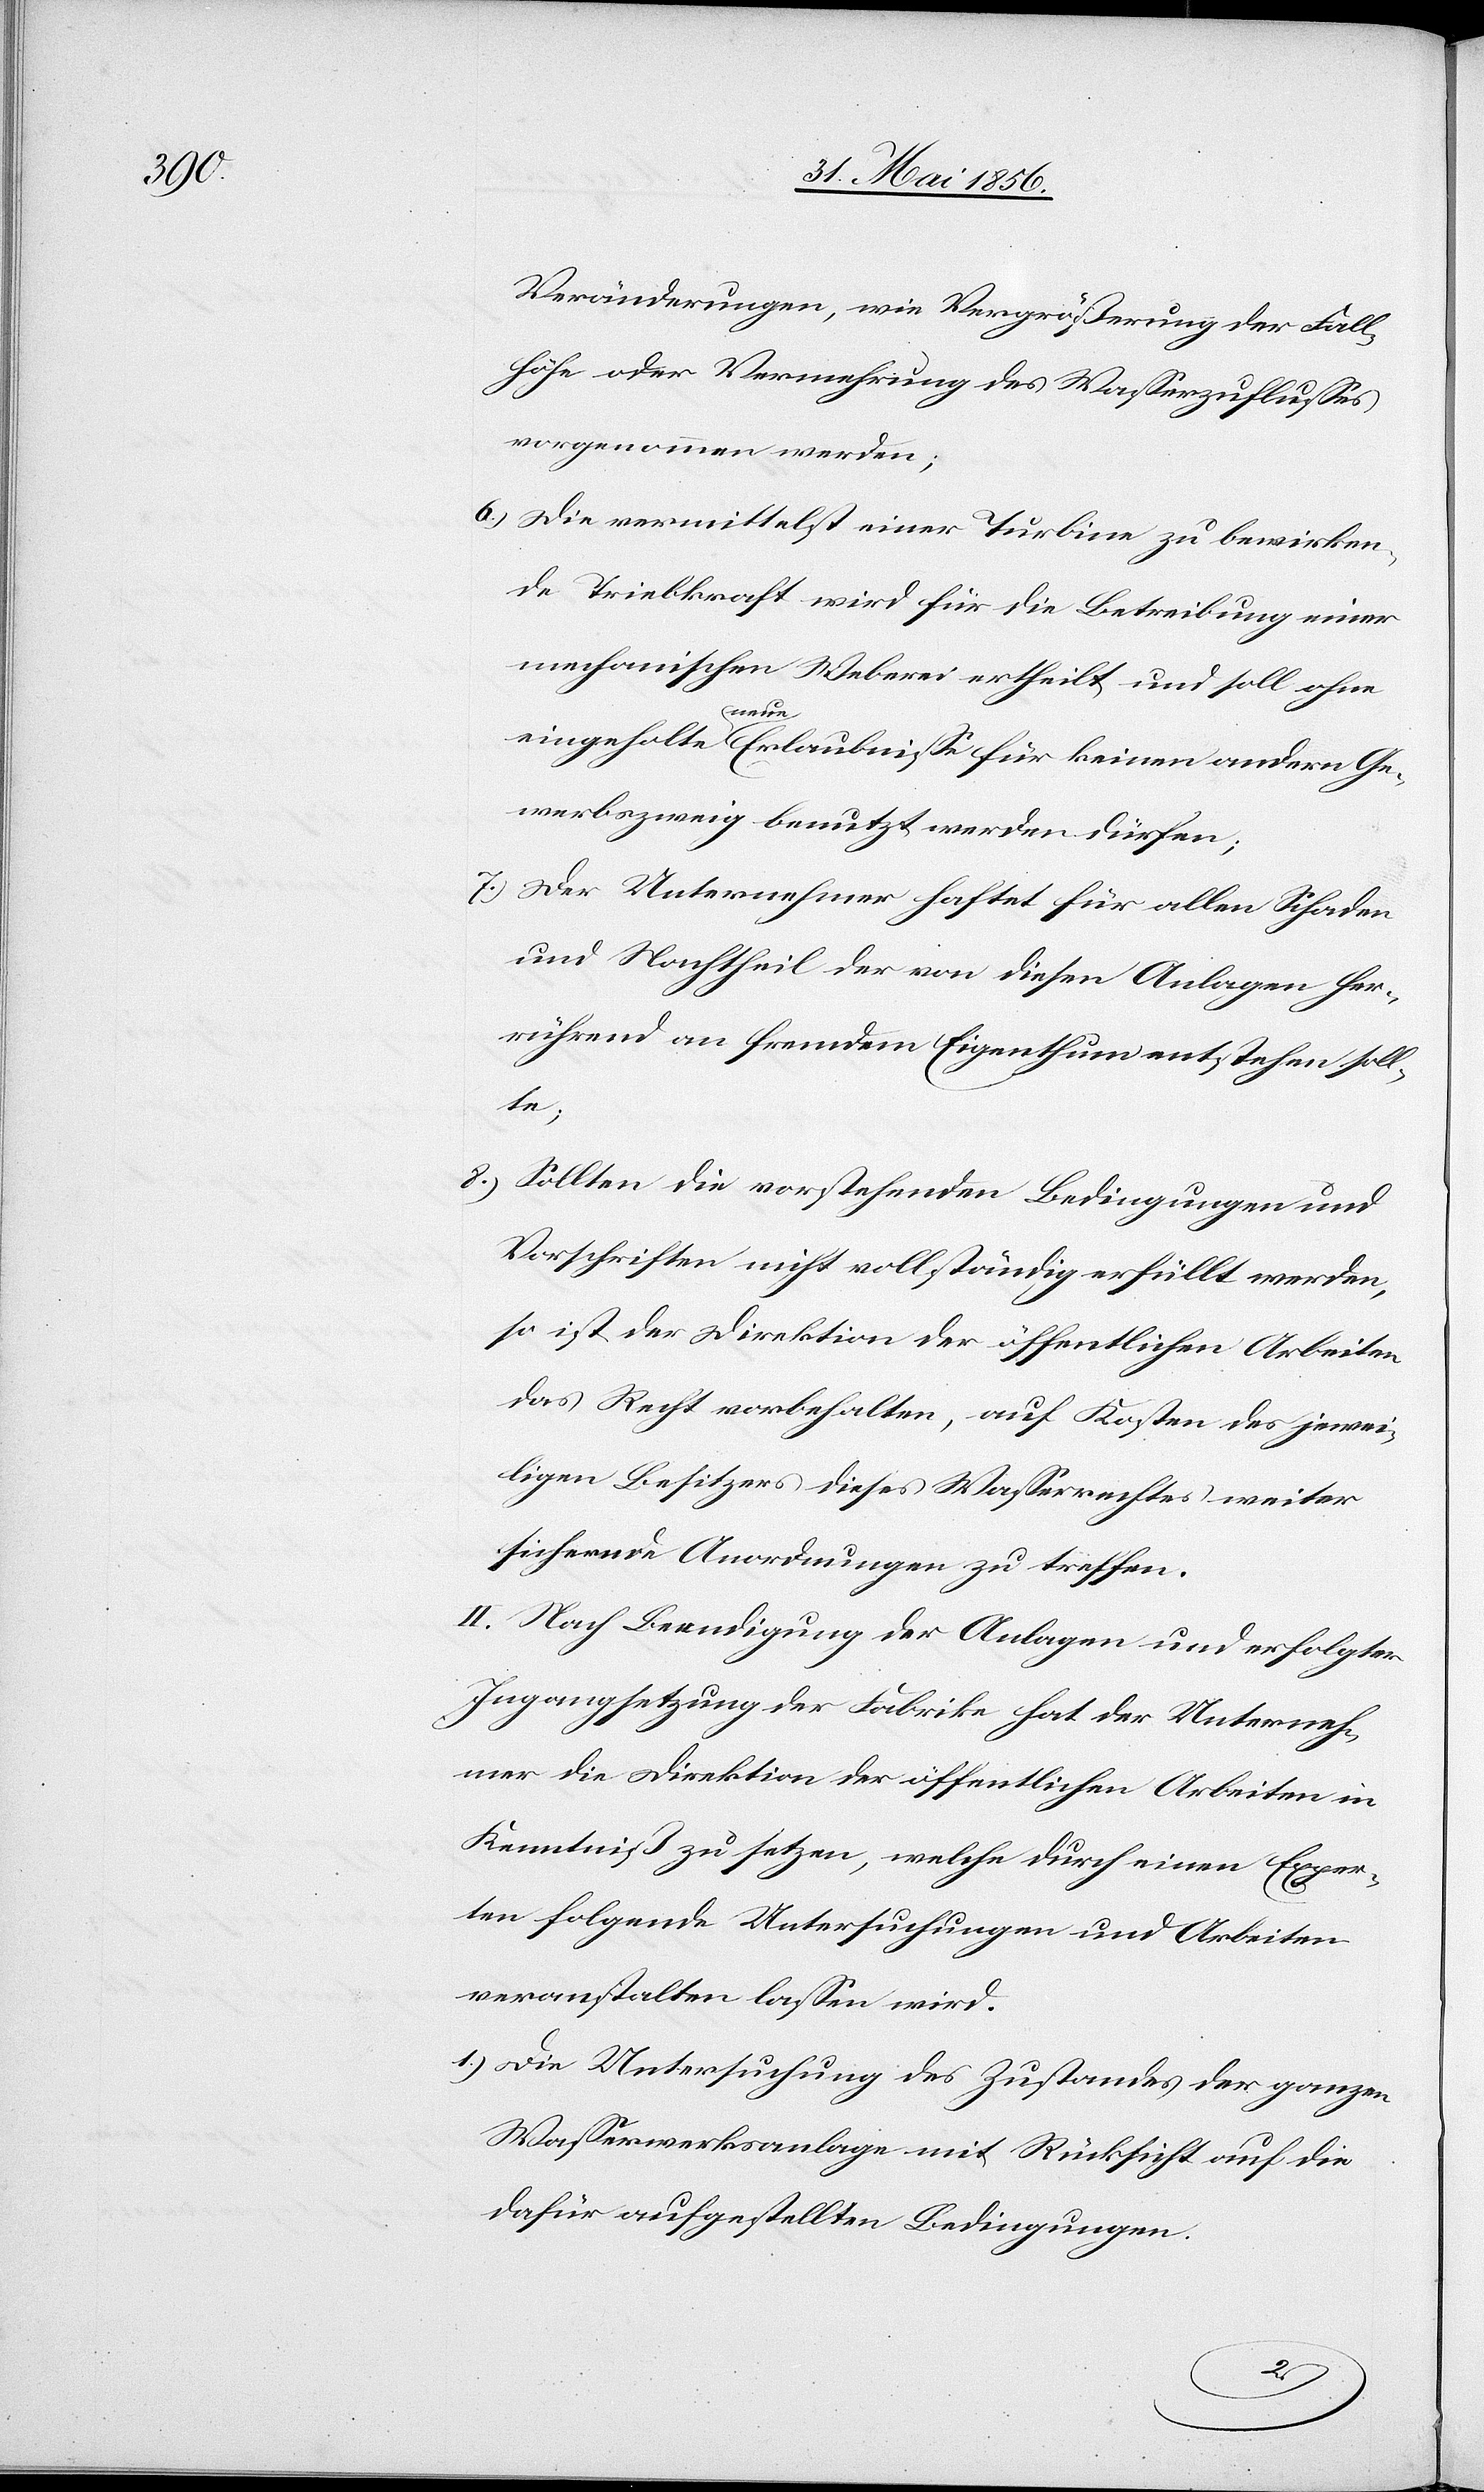
Veränderungen, wie Vergrößerung der Fall¬
höhe oder Vermehrung des Wasserzuflusses
vorgenommen werden;
6.) Die vermittelst einer Turbine zu bewirken¬
de Triebkraft wird für die Betreibung einer
mechanischen Weberei ertheilt und soll ohne
eingeholte a-neue-a Erlaubnisse für keinen andern Ge¬
werbszweig benutzt werden dürfen;
7.) Der Unternehmer haftet für allen Schaden
und Nachtheil der von diesen Anlagen her¬
rührend an fremdem Eigenthum entstehen soll¬
te;
8.) Sollten die vorstehenden Bedingungen und
Vorschriften nicht vollständig erfüllt werden,
so ist der Direktion der öffentlichen Arbeiten
das Recht vorbehalten, auf Kosten des jewei¬
ligen Besitzers dieses Wasserrechtes weiter
sichernde Anordnungen zu treffen.
II. Nach Beendigung der Anlagen und erfolgter
Ingangsetzung der Fabrike hat der Unterneh¬
mer die Direktion der öffentlichen Arbeiten in
Kenntniß zu setzen, welche durch einen Exper¬
ten folgende Untersuchungen und Arbeiten
veranstalten lassen wird.
1.) Die Untersuchung des Zustandes der ganzen
Wasserwerksanlage mit Rücksicht auf die
dafür aufgestellten Bedingungen.